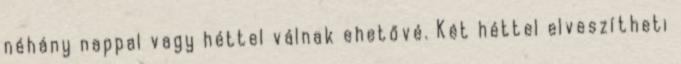
néhány nappal vagy héttel válnak ehetővé. Két héttel elveszítheti